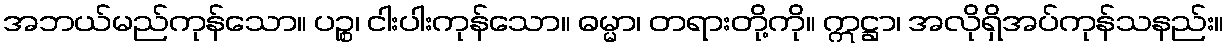
အဘယ်မည်ကုန်သော။ ပဉ္စ၊ ငါးပါးကုန်သော။ ဓမ္မာ၊ တရားတို့ကို။ ဣဋ္ဌာ၊ အလိုရှိအပ်ကုန်သနည်း။